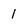
Character: 1